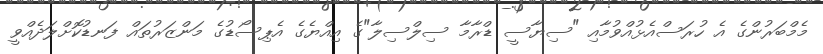
މެމްބަރުންގެ އެ ހުރަސްއެޅުއްވުމާއި "ސިޔާސީ ޑްރާމާ ސިލްސިލާ"ގެ އިއްޔެގެ އެޕިސޯޑުގެ މަންޒަރުތައް ފަނޑުކޮށްލަދެއްވީ